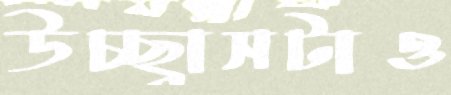
উচ্ছ্বাসটাও